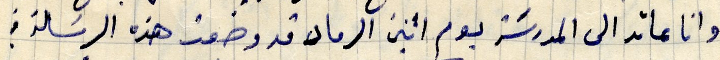
وانا عائد الى المدرسَة يوم اثنين الرماد قد وضعت هذه الرسالة في